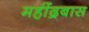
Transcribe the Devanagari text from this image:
महींद्रबास